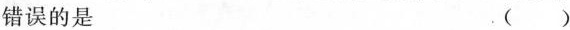
错误的是 。()